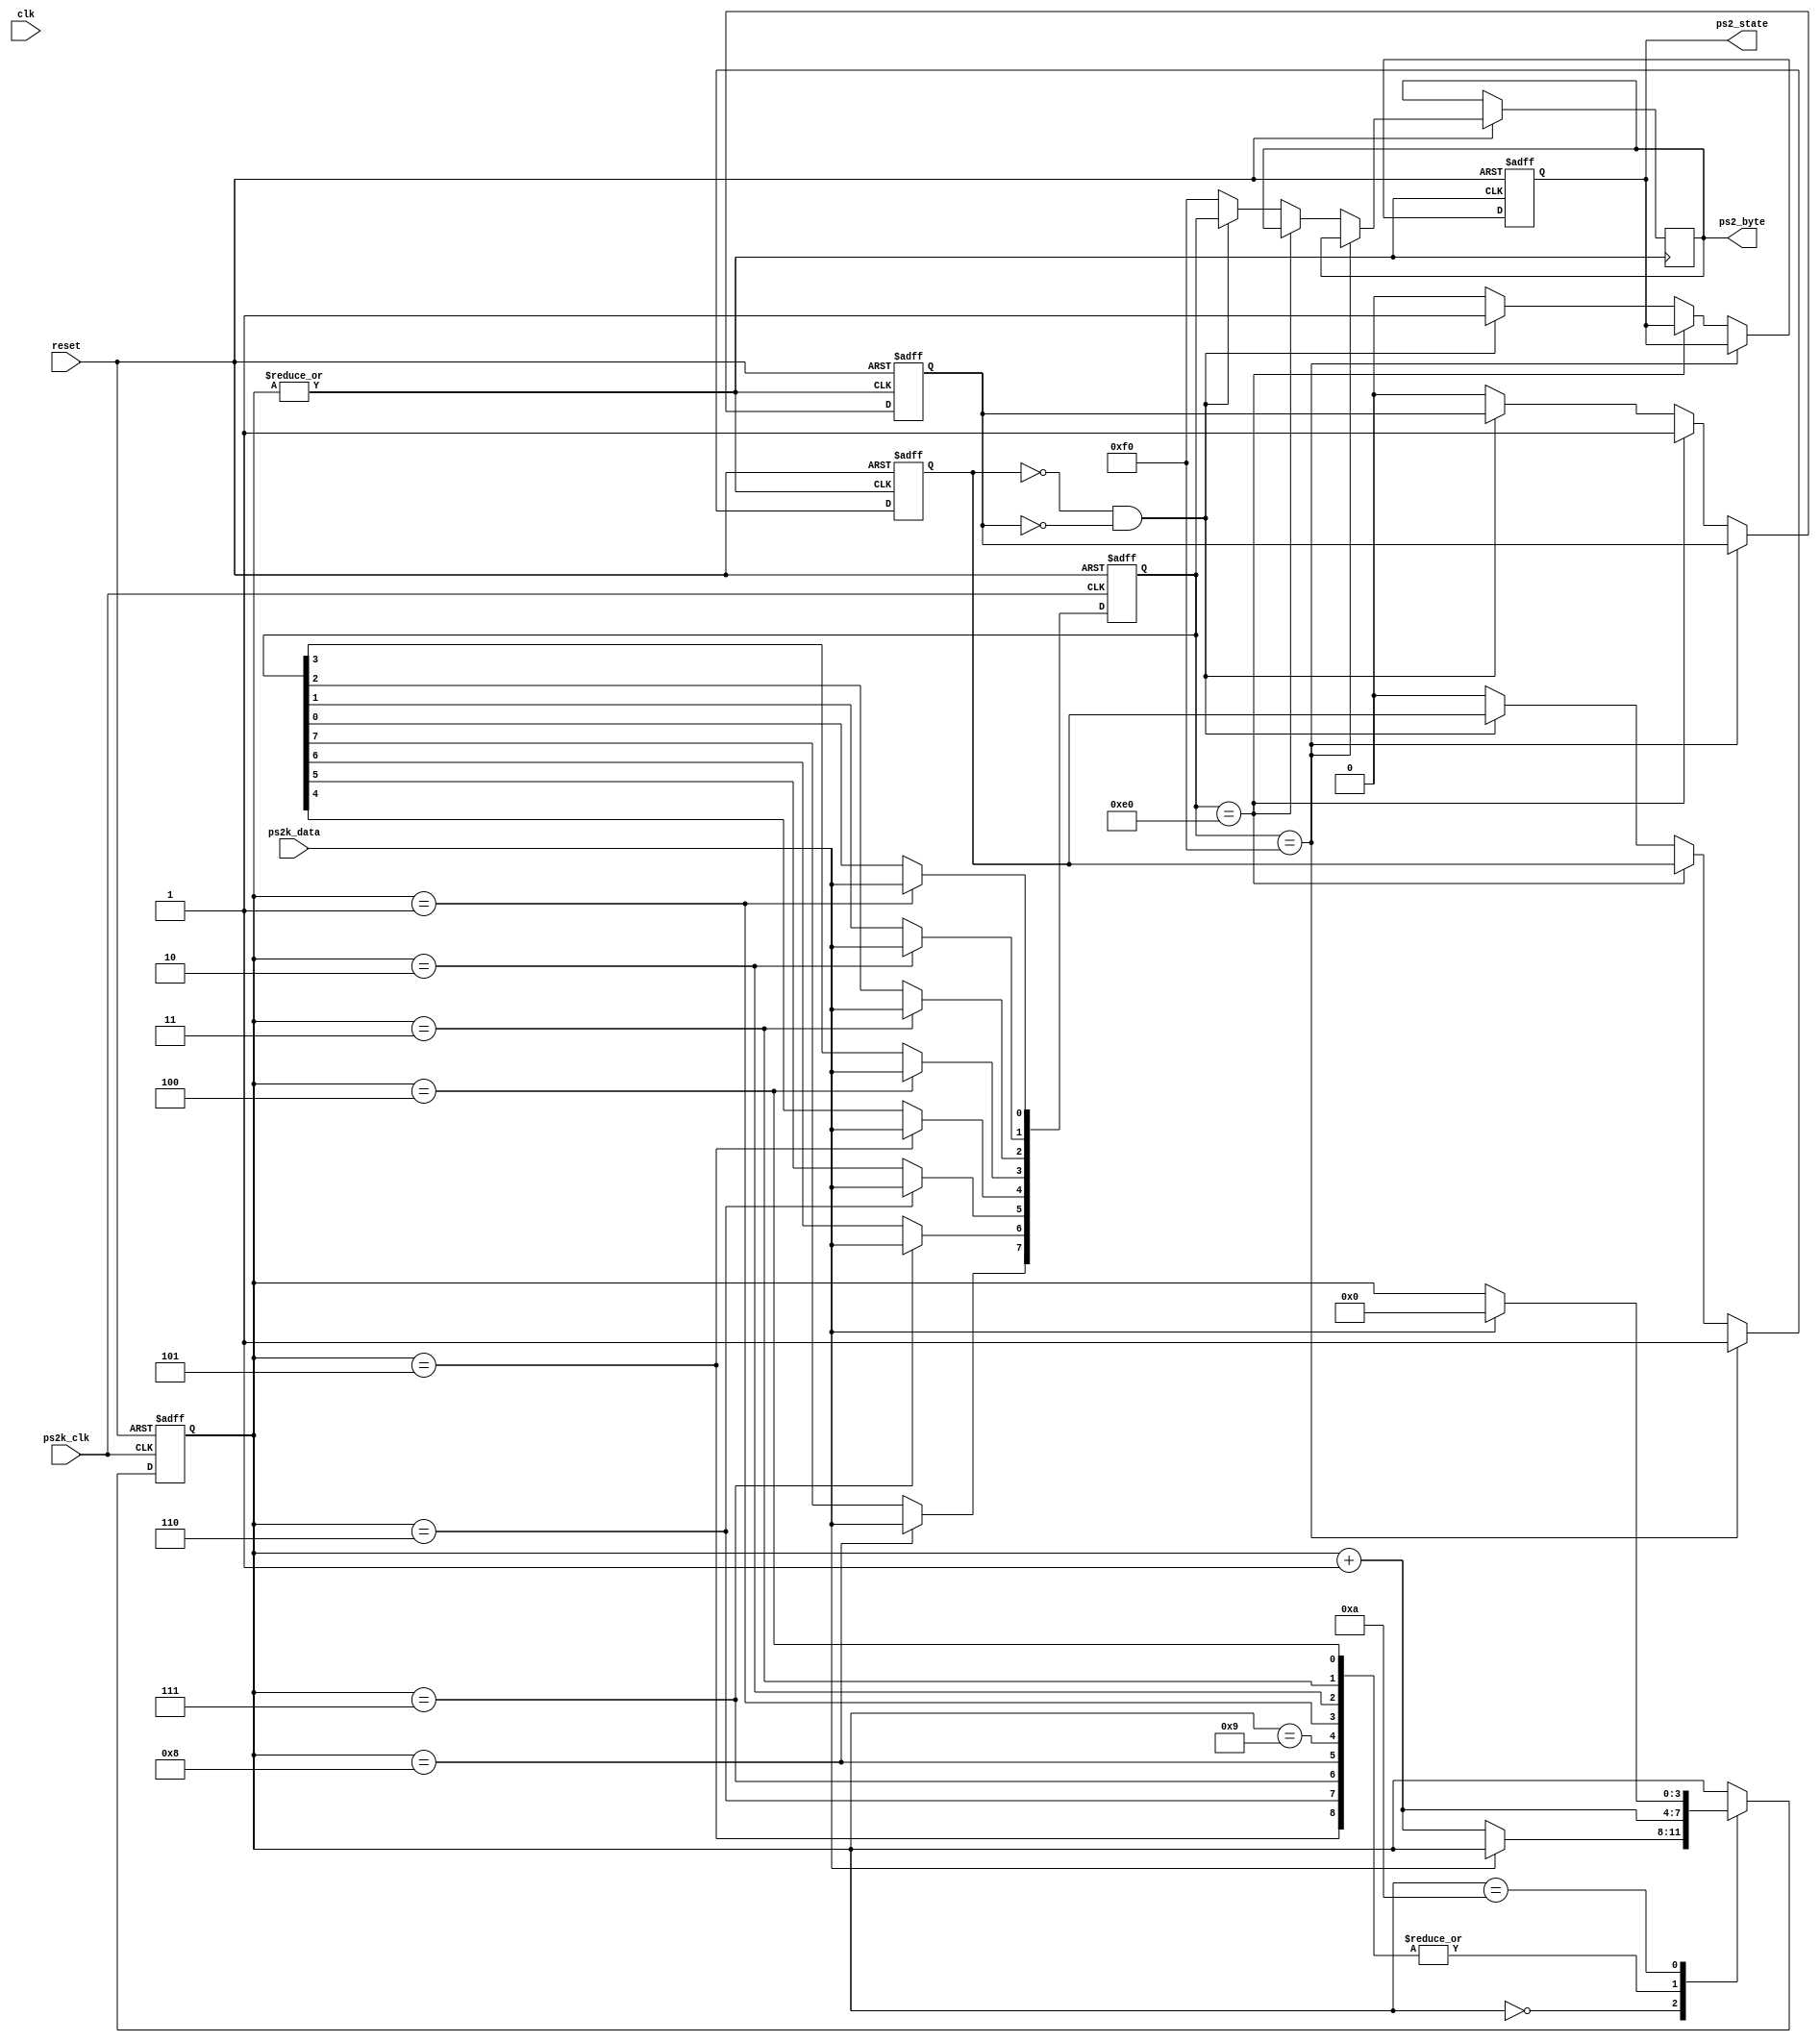
module ps2scan(
	input clk,
	input reset,
	//input[3:0] switch,
	input ps2k_clk,
	input ps2k_data,
	output[7:0] ps2_byte,
	output ps2_state
	//output[3:0] led
);
//------------------------------------------
reg passed = 0;
reg failed = 0;
wire newcode;
//assign led[0] = ps2k_clk;
//assign led[1] = stop_good;
//assign led[2] = parity_good;
//assign led[3] = start_good;


//------------------------------------------
reg[7:0] ps2_byte_r;
reg[7:0] temp_data;
reg[3:0] num;
wire parity_check;
reg parity_good;
reg start_good;
reg stop_good;
reg send_led;

assign parity_check = ~^temp_data;

always @ (negedge ps2k_clk or negedge reset) begin
	if(!reset) begin
			num <= 4'd0;
			temp_data <= 8'd0;
			parity_good <= 1'b0;
			start_good <= 1'b0;
			stop_good <= 1'b0;
		end
		else begin
				case (num)
					4'd0:	begin								
								start_good <= ~ps2k_data;
								if (~ps2k_data) begin
									num <= num+1'b1;
								end
							end
					4'd1:	begin
								num <= num+1'b1;
								temp_data[0] <= ps2k_data;	//bit0
							end
					4'd2:	begin
								num <= num+1'b1;
								temp_data[1] <= ps2k_data;	//bit1
							end
					4'd3:	begin
								num <= num+1'b1;
								temp_data[2] <= ps2k_data;	//bit2
							end
					4'd4:	begin
								num <= num+1'b1;
								temp_data[3] <= ps2k_data;	//bit3
							end
					4'd5:	begin
								num <= num+1'b1;
								temp_data[4] <= ps2k_data;	//bit4
							end
					4'd6:	begin
								num <= num+1'b1;
								temp_data[5] <= ps2k_data;	//bit5
							end
					4'd7:	begin
								num <= num+1'b1;
								temp_data[6] <= ps2k_data;	//bit6
							end
					4'd8:	begin
								num <= num+1'b1;
								temp_data[7] <= ps2k_data;	//bit7
							end
					4'd9:	begin
								num <= num+1'b1;
								parity_good <= parity_check == ps2k_data; 
							end
					4'd10: begin
								// stop
								stop_good <= ps2k_data;
								if (ps2k_data) begin
									num <= 4'd0;
									
								end
							end
					default: ;
					endcase
				end
end

reg key_f0;
reg key_e0;	
reg ps2_state_r;	

always @ (posedge newcode or negedge reset) begin
	if(!reset) begin
			key_f0 <= 1'b0;
			key_e0 <= 1'b0;
			ps2_state_r <= 1'b0;
		end
	else begin
			if(temp_data == 8'hf0) key_f0 <= 1'b1;
			else if (temp_data == 8'he0) key_e0 <= 1'b1;
			else begin
					if(!key_f0 && !key_e0) begin
							ps2_byte_r <= temp_data;
							ps2_state_r <= 1'b1;
						end
					else begin
							ps2_state_r <= 1'b0;
							key_f0 <= 1'b0;
							key_e0 <= 1'b0;
							ps2_byte_r<=8'hf0;
						end
				end
		end
end

reg[7:0] ps2_asci;

reg newcode2;
reg newkey;

always @ (negedge clk or negedge reset) begin
	if (!reset) begin
			newkey <= 1'b0;
			newcode2 <= 1'b0;
		end
	else if (newcode2 != newcode) newcode2 <= newcode;
	else newkey <= newcode2 & ps2_state_r;
end

assign newcode = ~|num;

reg[7:0] code_last;
reg[7:0] code_1;
reg[7:0] code_2;
reg[7:0] code_3;

reg[7:0] aa_count;

always @ (posedge newkey or negedge reset) begin
	if(!reset) begin
			passed <= 1'b0;
			failed <= 1'b0;
			code_last <= 8'h00;
			code_1 <= 8'h00;
			code_2 <= 8'h00;
			code_3 <= 8'h00;
			ps2_asci <= 0;
			aa_count <= 0;
		
		end
	else begin
			code_3 <= code_2;
			code_2 <= code_1;
			code_1 <= code_last;
			code_last <= ps2_byte_r;
		/*	
		case (ps2_byte_r)
							  	
			8'h1c: ps2_asci <= 8'h41;	//A: PLUS 2 point for HOME
			8'h1b: ps2_asci <= 8'h53;	//S: PLUS 3 point for HOME
			8'h42: ps2_asci <= 8'h4b;	//K: PLUS  2 point for GUEST
			8'h4b: ps2_asci <= 8'h4c;	//L : PLUS 3 point for GUEST
			8'h29: ps2_asci <= 8'h20;  //Space : PAUSE
			8'haa: aa_count <= aa_count + 1;
			default: ;//ps2_asci <= ps2_byte_r; // debug
			endcase*/
		end
end

//assign ps2_byte = ~switch[0]? code_last : (~switch[1]? code_1 : (~switch[2]? code_2 : (~switch[3]? code_3 : ps2_asci))); // control which was press if press at same time
assign ps2_byte=ps2_byte_r; // always choose last ps2_data;
assign ps2_state = ps2_state_r;

endmodule